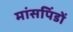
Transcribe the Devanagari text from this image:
मांसपिंडों